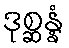
ဒုစ္ဆန္နံ